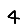
Digit: 4